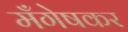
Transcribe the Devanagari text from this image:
मँगेषकर